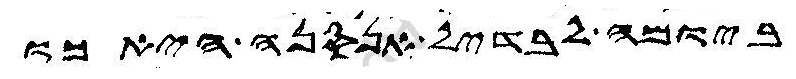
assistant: ביומה לבדיל אנסנה הא כו